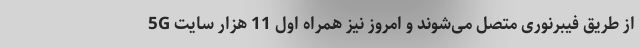
5G از طریق فیبرنوری متصل می‌شوند و امروز نیز همراه اول 11 هزار سایت